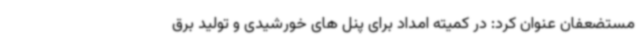
مستضعفان عنوان کرد: در کمیته امداد برای پنل های خورشیدی و تولید برق